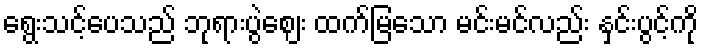
ရွေးသင့်ပေသည် ဘုရားပွဲဈေး ထက်မြသော မင်းမင်လည်း နှင်းပွင့်ကို